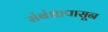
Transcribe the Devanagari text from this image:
संबंधापासून